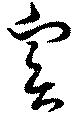
實